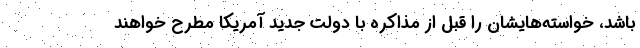
باشد، خواسته‌هایشان را قبل از مذاکره با دولت جدید آمریکا مطرح خواهند